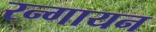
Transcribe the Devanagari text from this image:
रन्गायन